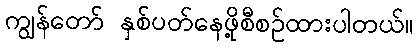
ကျွန်တော် နှစ်ပတ်နေဖို့စီစဉ်ထားပါတယ်။